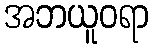
အဘယူဝရာ